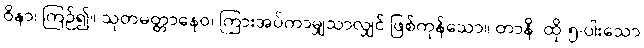
ဝိနာ၊ ကြဉ်၍။ သုတမတ္တာနေဝ၊ ကြားအပ်ကာမျှသာလျှင် ဖြစ်ကုန်သော။ တာနိ၊ ထို ၅-ပါးသော